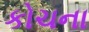
કોચના